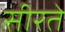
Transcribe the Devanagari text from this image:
सीरते